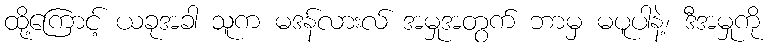
ထို့ကြောင့် ယခုအခါ သူက မဒန်လားလ် အမှုအတွက် ဘာမှ မပူပါနဲ့၊ ဒီအမှုကို